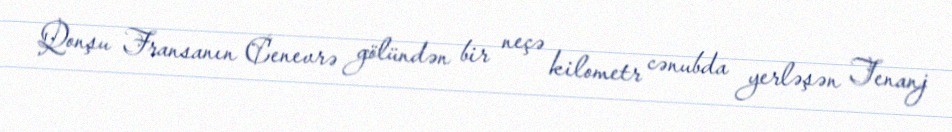
Qonşu Fransanın Cenevrə gölündən bir neçə kilometr cənubda yerləşən Tenanj